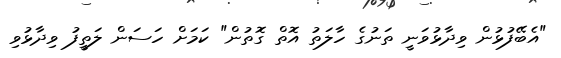
"އެބޭފުޅުން ވިދާޅުވަނީ ތަނުގެ ހާލަތު އޮތް ގޮތުން" ކަމަށް ހަސަން ލަތީފު ވިދާޅުވި